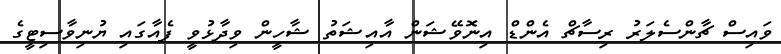
ވައިސް ޗާންސެލަރު ރިސާޗް އެންޑް އިނޮވޭޝަން އާއިޝަތު ޝާހީން ވިދާޅުވީ ފެއާގައި ޔުނިވާސިޓީގެ